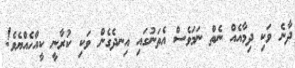
ދާނެ ވަކި ދިމާއެއް ނެތް ނަމަވެސް އެތަނުގައި އިނދެގެން ވަކި ކުރާނީ ކީއްހެއްޔެވެ!